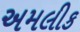
અમલીક